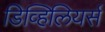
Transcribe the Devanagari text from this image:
डिव्हिलियर्स